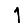
Digit: 1